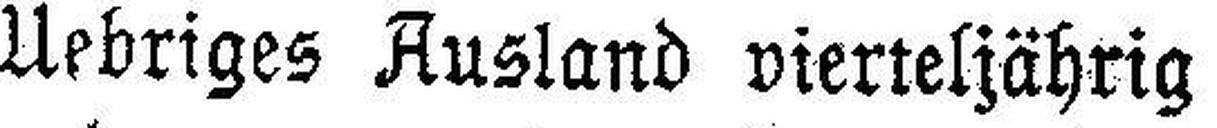
Uebriges Ausland vierteljährig